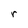
Character: r